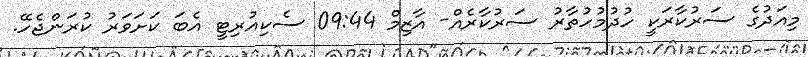
މިއަދުގެ ސަރުކާރަކީ ހުދުމުހުތާރު ސަރުކާރެއް- އާޒިމް 09:44 ސެކިއުރިޓީ އެބަ ކަށަވަރު ކުރަންޖެހޭ.